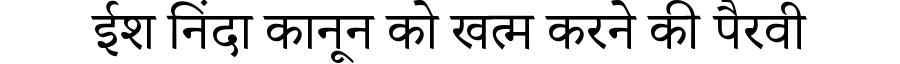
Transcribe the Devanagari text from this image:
ईश निंदा कानून को खत्म करने की पैरवी